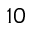
^ { 1 0 }